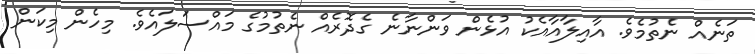
ތަނެއް ނެތުމެވެ. އާއިލާއާއެކު އުޅެން ވަންނާނެ ގެދޮރެއް ނެތުމުގެ މައްސަލައެވެ. މިހެން މިކަން